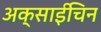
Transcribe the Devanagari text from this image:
अक्साईचिन